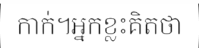
កាក់។អ្នកខ្លះគិតថា